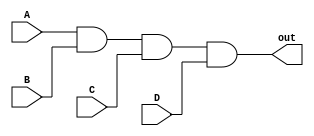
module and4 (A, B, C, D, out);

    input A;
    input B;
    input C;
    input D;
    
    output out;
    
    assign out = A & B & C & D;

endmodule